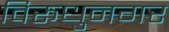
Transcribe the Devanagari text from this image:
विरूधुनगर